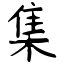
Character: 集